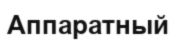
Аппаратный